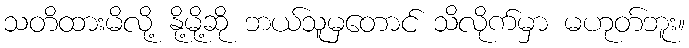
သတိထားမိလို့ နို့မို့ဆို ဘယ်သူမှတောင် သိလိုက်မှာ မဟုတ်ဘူး။